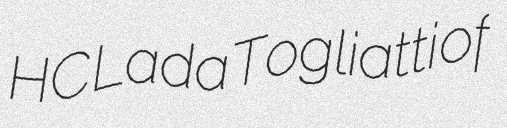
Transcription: HC Lada Togliatti of